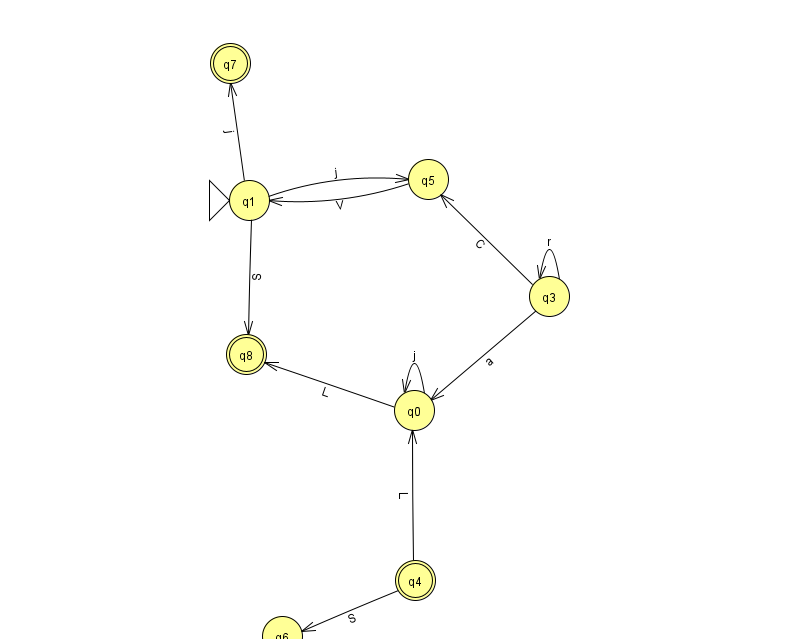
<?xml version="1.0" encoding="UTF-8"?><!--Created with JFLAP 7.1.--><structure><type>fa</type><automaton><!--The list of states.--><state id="0" name="q0"><x>414.0</x><y>397.0</y></state><state id="1" name="q1"><x>249.0</x><y>187.0</y><initial/></state><state id="3" name="q3"><x>549.0</x><y>283.0</y></state><state id="4" name="q4"><x>415.0</x><y>567.0</y><final/></state><state id="5" name="q5"><x>428.0</x><y>166.0</y></state><state id="6" name="q6"><x>282.0</x><y>623.0</y></state><state id="7" name="q7"><x>230.0</x><y>50.0</y><final/></state><state id="8" name="q8"><x>246.0</x><y>341.0</y><final/></state><!--The list of transitions.--><transition><from>3</from><to>3</to><read>r</read></transition><transition><from>1</from><to>8</to><read>S</read></transition><transition><from>1</from><to>5</to><read>j</read></transition><transition><from>4</from><to>0</to><read>L</read></transition><transition><from>1</from><to>7</to><read>j</read></transition><transition><from>3</from><to>5</to><read>C</read></transition><transition><from>0</from><to>8</to><read>L</read></transition><transition><from>5</from><to>1</to><read>V</read></transition><transition><from>0</from><to>0</to><read>j</read></transition><transition><from>3</from><to>0</to><read>a</read></transition><transition><from>4</from><to>6</to><read>S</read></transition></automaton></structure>